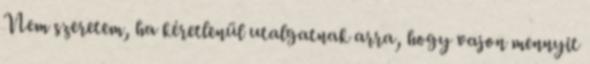
Nem szeretem, ha kéretlenül utalgatnak arra, hogy vajon mennyit